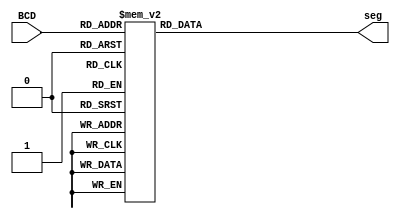
module BCD_to_7seg (
    input [4:0] BCD,
    output [6:0] seg
);
    always @(*) begin
        case(BCD)
            5'b00000: seg = 7'b0111111; // 0
            5'b00001: seg = 7'b0000110; // 1
            5'b00010: seg = 7'b1011011; // 2
            5'b00011: seg = 7'b1001111; // 3
            5'b00100: seg = 7'b1100110; // 4
            5'b00101: seg = 7'b1101101; // 5
            5'b00110: seg = 7'b1111101; // 6
            5'b00111: seg = 7'b0000111; // 7
            5'b01000: seg = 7'b1111111; // 8
            5'b01001: seg = 7'b1101111; // 9
            5'b01010: seg = 7'b1110111; // 10
            5'b01011: seg = 7'b1111110; // 11
            5'b01100: seg = 7'b0111001; // 12
            5'b01101: seg = 7'b1011111; // 13
            5'b01110: seg = 7'b1111001; // 14
            5'b01111: seg = 7'b1110000; // 15
            5'b10000: seg = 7'b1111111; // 16
            5'b10001: seg = 7'b0000110; // 17
            5'b10010: seg = 7'b1011011; // 18
            5'b10011: seg = 7'b1001111; // 19
            default:  seg = 7'b0000000; 
        endcase
    end
endmodule